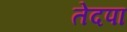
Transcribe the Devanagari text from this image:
तेदपा